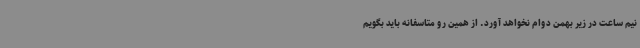
نیم ساعت در زیر بهمن دوام نخواهد آورد. از همین رو متاسفانه باید بگویم